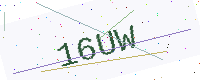
Text: 16UW